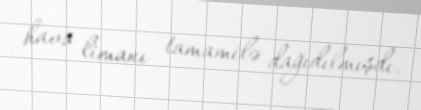
hava limanı tamamilə dağıdılmışdı.